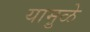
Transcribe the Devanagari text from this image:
यामु़ळे